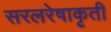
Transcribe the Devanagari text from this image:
सरलरेषाकृती